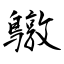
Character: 鷻